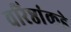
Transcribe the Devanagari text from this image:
वरिष्ठांकडे